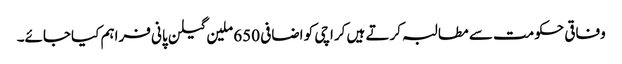
وفاقی حکومت سے مطالبہ کرتے ہیں کراچی کو اضافی 650 ملین گیلن پانی فراہم کیاجائے۔